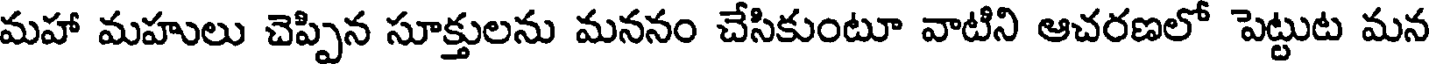
మహా మహులు చెప్పిన సూక్తులను మననం చేసికుంటూ వాటిని ఆచరణలో పెట్టుట మన